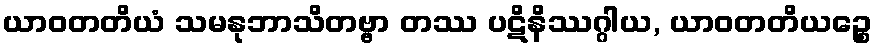
ယာဝတတိယံ သမနုဘာသိတဗ္ဗာ တဿ ပဋိနိဿဂ္ဂါယ, ယာဝတတိယဉ္စေ